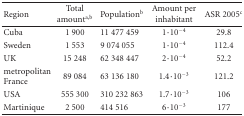
<table><thead><tr><td><b> Region</b></td><td><b>Total amount<sup>a,b</sup></b></td><td><b>Population<sup>b</sup></b></td><td><b>Amount per inhabitant</b></td><td><b>ASR 2005<sup>c</sup></b></td></tr></thead><tbody><tr><td>Cuba</td><td>1 900</td><td>11 477 459</td><td>1·10<sup>−4</sup></td><td>29.8</td></tr><tr><td>Sweden</td><td>1 553</td><td>9 074 055</td><td>1·10<sup>−4</sup></td><td>112.4</td></tr><tr><td>UK</td><td>15 248</td><td>62 348 447</td><td>2·10<sup>−4</sup></td><td>52.2</td></tr><tr><td>metropolitan France</td><td>89 084</td><td>63 136 180</td><td>1.4·10<sup>−3</sup></td><td>121.2</td></tr><tr><td>USA</td><td>555 300</td><td>310 232 863</td><td>1.7·10<sup>−3</sup></td><td>106</td></tr><tr><td>Martinique</td><td>2 500</td><td>414 516</td><td>6·10<sup>−3</sup></td><td>177</td></tr></tbody></table>